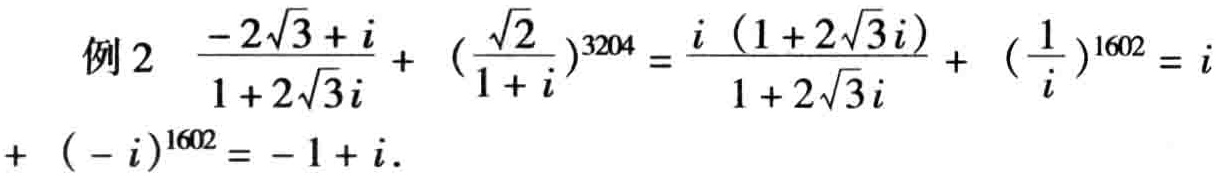
例2 $\frac{-2\sqrt{3}+i}{1 + 2\sqrt{3}i}+(\frac{\sqrt{2}}{1 + i})^{3204}=\frac{i(1 + 2\sqrt{3}i)}{1 + 2\sqrt{3}i}+(\frac{1}{i})^{1602}=i+(-i)^{1602}=-1 + i$.